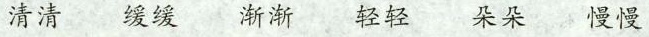
清清 缓缓 渐渐 轻轻 朵朵 慢慢